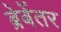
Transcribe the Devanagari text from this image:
ब्रेबेंतर